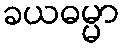
ခယဓမ္မာ